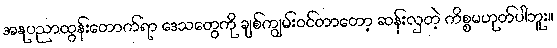
အနုပညာထွန်းတောက်ရာ ဒေသတွေကို ချစ်ကျွမ်းဝင်တာတော့ ဆန်းလှတဲ့ ကိစ္စမဟုတ်ပါဘူး။